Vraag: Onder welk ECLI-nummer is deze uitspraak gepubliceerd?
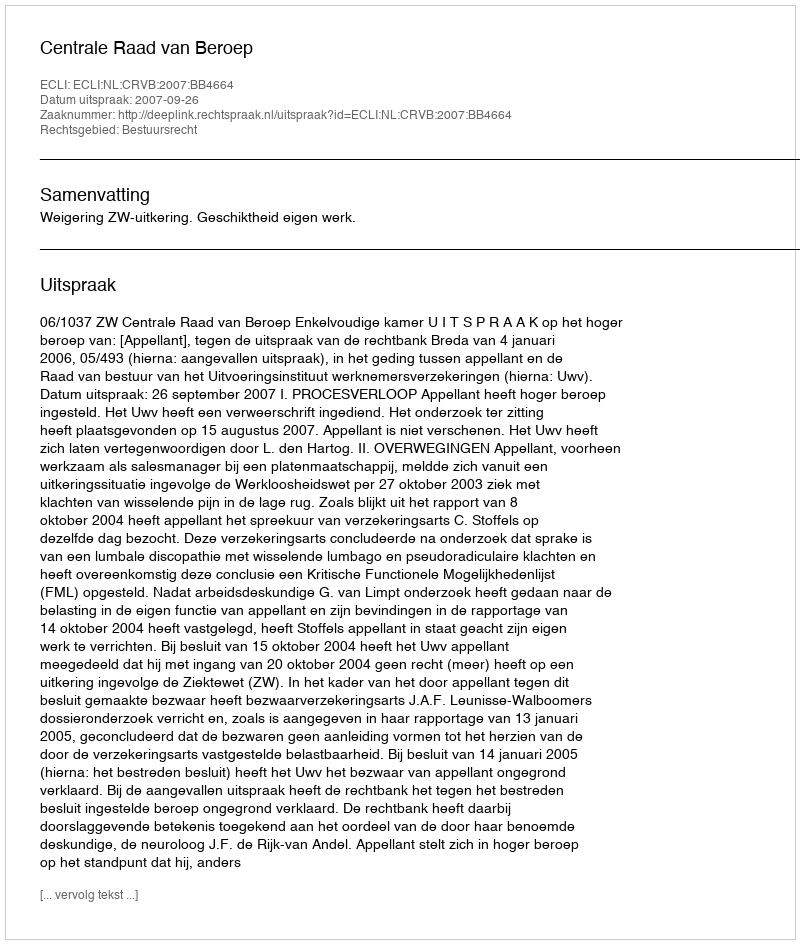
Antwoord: ECLI:NL:CRVB:2007:BB4664